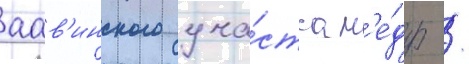
аав'инского уча́стка н'е́др /